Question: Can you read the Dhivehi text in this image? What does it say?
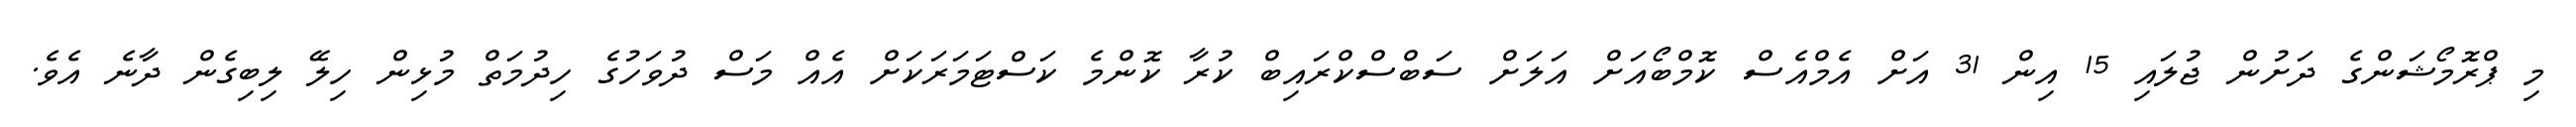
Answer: މި ޕްރޮމޯޝަންގެ ދަށުން ޖުލައި 15 އިން 31 އަށް އެމްއެސް ކޮމްބޯއަށް އަލަށް ސަބްސްކްރައިބް ކުރާ ކޮންމެ ކަސްޓަމަރަކަށް އެއް މަސް ދުވަހުގެ ހިދުމަތް މުޅިން ހިލޭ ލިބިގެން ދާނެ އެވެ.